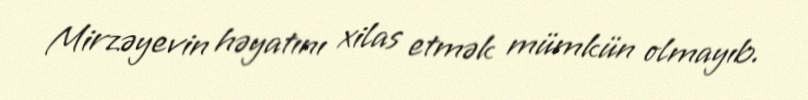
Mirzəyevin həyatını xilas etmək mümkün olmayıb.